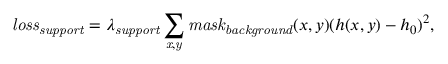
\mathit { l o s s } _ { \mathit { s u p p o r t } } = \lambda _ { \mathit { s u p p o r t } } \sum _ { \mathit { x , y } } \mathit { m a s k } _ { \mathit { b a c k g r o u n d } } ( x , y ) ( h ( x , y ) - h _ { 0 } ) ^ { 2 } ,